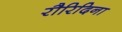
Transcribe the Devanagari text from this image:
रौरिदिना